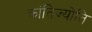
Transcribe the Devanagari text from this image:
क्रांतिज्योति